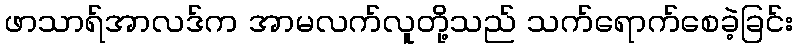
ဖာသာရ်အာလဒ်က အာမလက်လူတို့သည် သက်ရောက်စေခဲ့ခြင်း